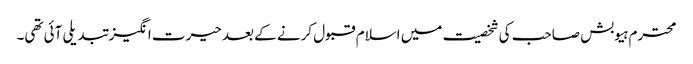
محترم ہیوبش صاحب کی شخصیت میں اسلام قبول کرنے کے بعد حیرت انگیز تبدیلی آئی تھی۔